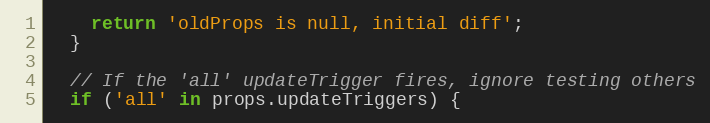
Language: JavaScript
    return 'oldProps is null, initial diff';
  }

  // If the 'all' updateTrigger fires, ignore testing others
  if ('all' in props.updateTriggers) {